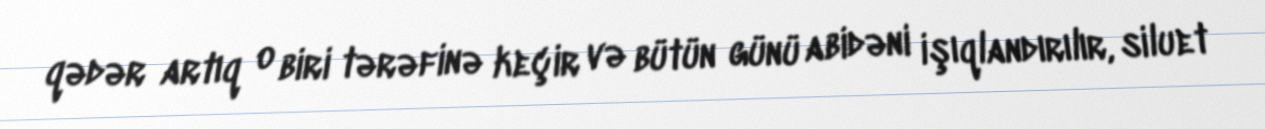
qədər artıq o biri tərəfinə keçir və bütün günü abidəni işıqlandırılır, siluet